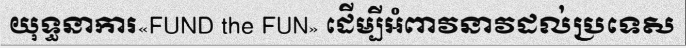
យុទ្ធនាការ«FUND the FUN» ដើម្បីអំពាវនាវដល់ប្រទេស